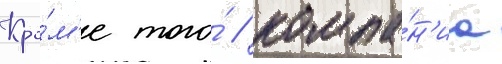
Кро́м'е того́ / компа́н'иа